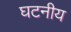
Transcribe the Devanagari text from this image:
घटनीय